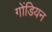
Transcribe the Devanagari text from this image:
गोंडियन